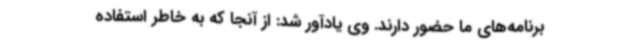
برنامه‌های ما حضور دارند. وی یادآور شد: از آنجا که به خاطر استفاده